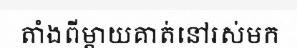
តាំងពីម្តាយគាត់នៅរស់មក